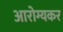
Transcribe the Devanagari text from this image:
आरोग्यकर